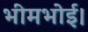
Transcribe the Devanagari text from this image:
भीमभोई।